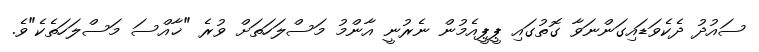
ސައުދު ދެކެވަޑައިގަންނަވާ ގޮތުގައި ޕީޕީއެމުން ނެރުނީ އާންމު މަސްލަހަތަށް ވުރެ "ޚާއްސަ މަސްލަހަތެކެ"ވެ.